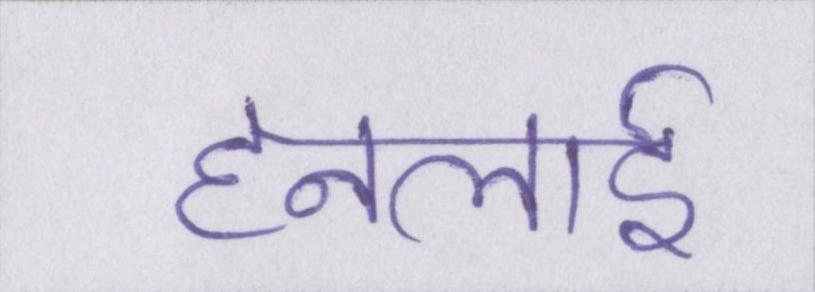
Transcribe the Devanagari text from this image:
हनलाई